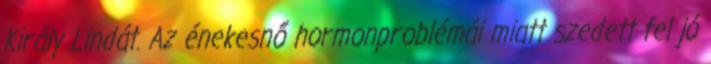
Király Lindát. Az énekesnő hormonproblémái miatt szedett fel jó